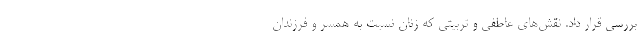
بررسی قرار داد. نقش‌های عاطفی و تربیتی که زنان نسبت به همسر و فرزندان